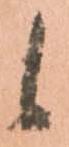
候